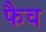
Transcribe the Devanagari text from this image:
फैव